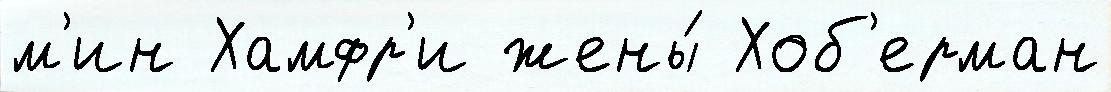
м'ин Хамфр'и жены́ Хоб'ерман